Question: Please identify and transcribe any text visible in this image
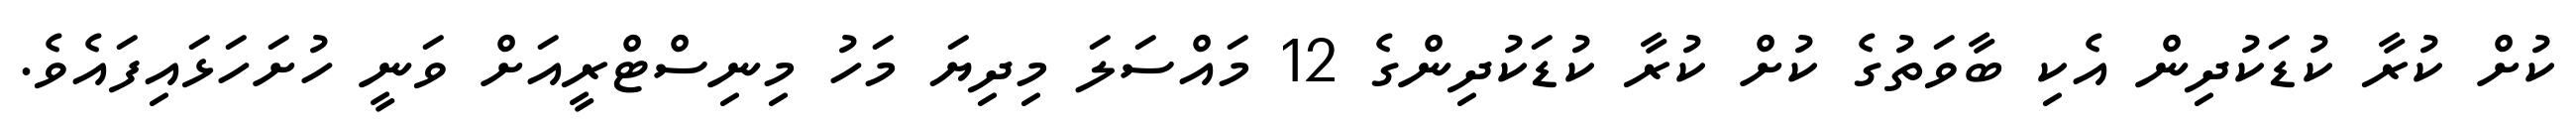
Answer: ކުށް ކުރާ ކުޑަކުދިން އެކި ބާވަތުގެ ކުށް ކުރާ ކުޑަކުދިންގެ 12 މައްސަލަ މިދިޔަ މަހު މިނިސްޓްރީއަށް ވަނީ ހުށަހަޅައިފައެވެ.